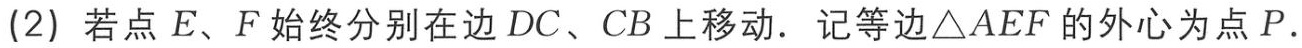
(2) 若点\(E\)、\(F\)始终分别在边\(DC\)、\(CB\)上移动. 记等边\(\triangle AEF\)的外心为点\(P\).